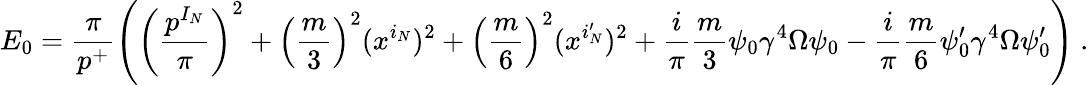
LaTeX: E_{0}=\frac{\pi}{p^{+}}\left(\left(\frac{p^{I_{N}}}{\pi}\right)^{2}+\left(\frac{m}{3}\right)^{2}(x^{i_{N}})^{2}+\left(\frac{m}{6}\right)^{2}(x^{i_{N}^{\prime}})^{2}+\frac{i}{\pi}\frac{m}{3}\psi_{0}\gamma^{4}\Omega\psi_{0}-\frac{i}{\pi}\frac{m}{6}\psi_{0}^{\prime}\gamma^{4}\Omega\psi_{0}^{\prime}\right)~.